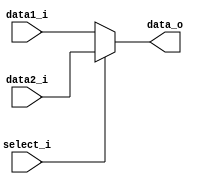
module MUX32_2to1
(
	data1_i,
    data2_i,
    select_i,
    data_o
);

input	[31:0]	data1_i,data2_i;
input			select_i;
output	[31:0]	data_o;

reg		[31:0] 	data_out;

always@(*)
begin
  if(select_i)
    data_out = data2_i;
  else
    data_out = data1_i;
end

assign data_o = data_out;

endmodule